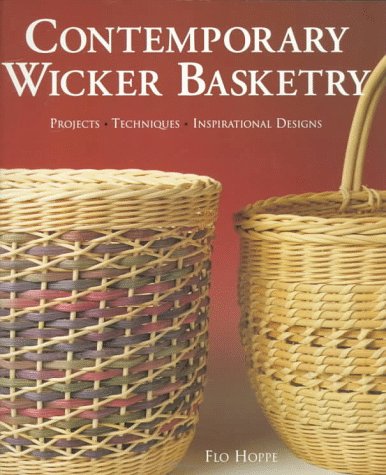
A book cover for Contemporary Wicker Basketry: Projects, Techniques, Inspirational Designs; Flo Hoppe; Crafts, Hobbies & Home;